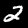
Label: 2